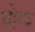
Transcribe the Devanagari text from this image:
भोग्‍य